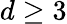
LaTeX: d\ge 3